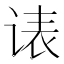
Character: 𲂏